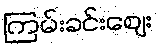
ကြမ်းခင်းဈေး